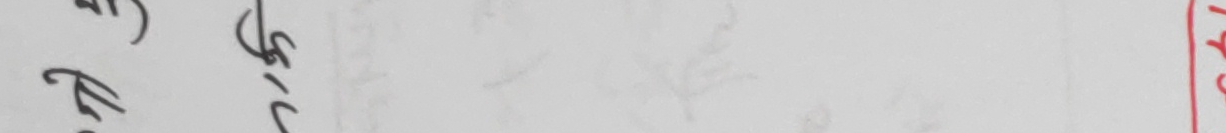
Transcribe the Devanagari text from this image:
रु.८८५/- (६)